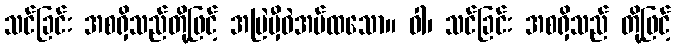
သင်ခြင်း အစရှိသည်တို့ဖြင့် အမြဲမှီဝဲအပ်ထသော။ ဝါ၊ သင်ခြင်း အစရှိသည် တို့ဖြင့်